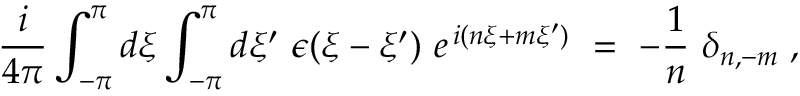
\frac { i } { 4 \pi } \int _ { - \pi } ^ { \pi } d \xi \int _ { - \pi } ^ { \pi } d \xi ^ { \prime } ~ \epsilon ( \xi - \xi ^ { \prime } ) ~ e ^ { \, i ( n \xi + m \xi ^ { \prime } ) } ~ = ~ - \frac { 1 } { n } ~ \delta _ { n , - m } \; , \nonumber